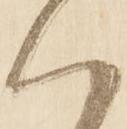
ハ